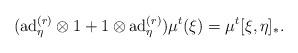
LaTeX: \begin{align*}&(\mathrm{ad}_{\eta}^{(r)}\otimes 1+1\otimes \mathrm{ad}_{\eta}^{(r)})\mu^{t}(\xi)=\mu^{t}[\xi,\eta]_{\ast}.\end{align*}